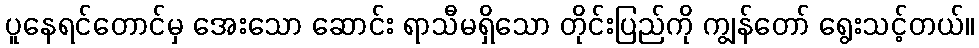
ပူနေရင်တောင်မှ အေးသော ဆောင်း ရာသီမရှိသော တိုင်းပြည်ကို ကျွန်တော် ရွေးသင့်တယ်။